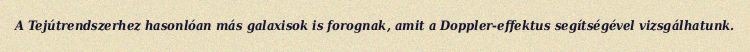
A Tejútrendszerhez hasonlóan más galaxisok is forognak, amit a Doppler-effektus segítségével vizsgálhatunk.